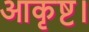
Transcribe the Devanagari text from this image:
आकृष्ट।